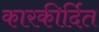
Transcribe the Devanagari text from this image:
कारकीर्दित